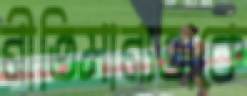
নীতিমান্যতাকে